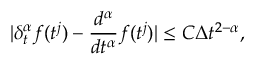
| \delta _ { t } ^ { \alpha } f ( t ^ { j } ) - \frac { d ^ { \alpha } } { d t ^ { \alpha } } f ( t ^ { j } ) | \leq C \Delta t ^ { 2 - \alpha } ,